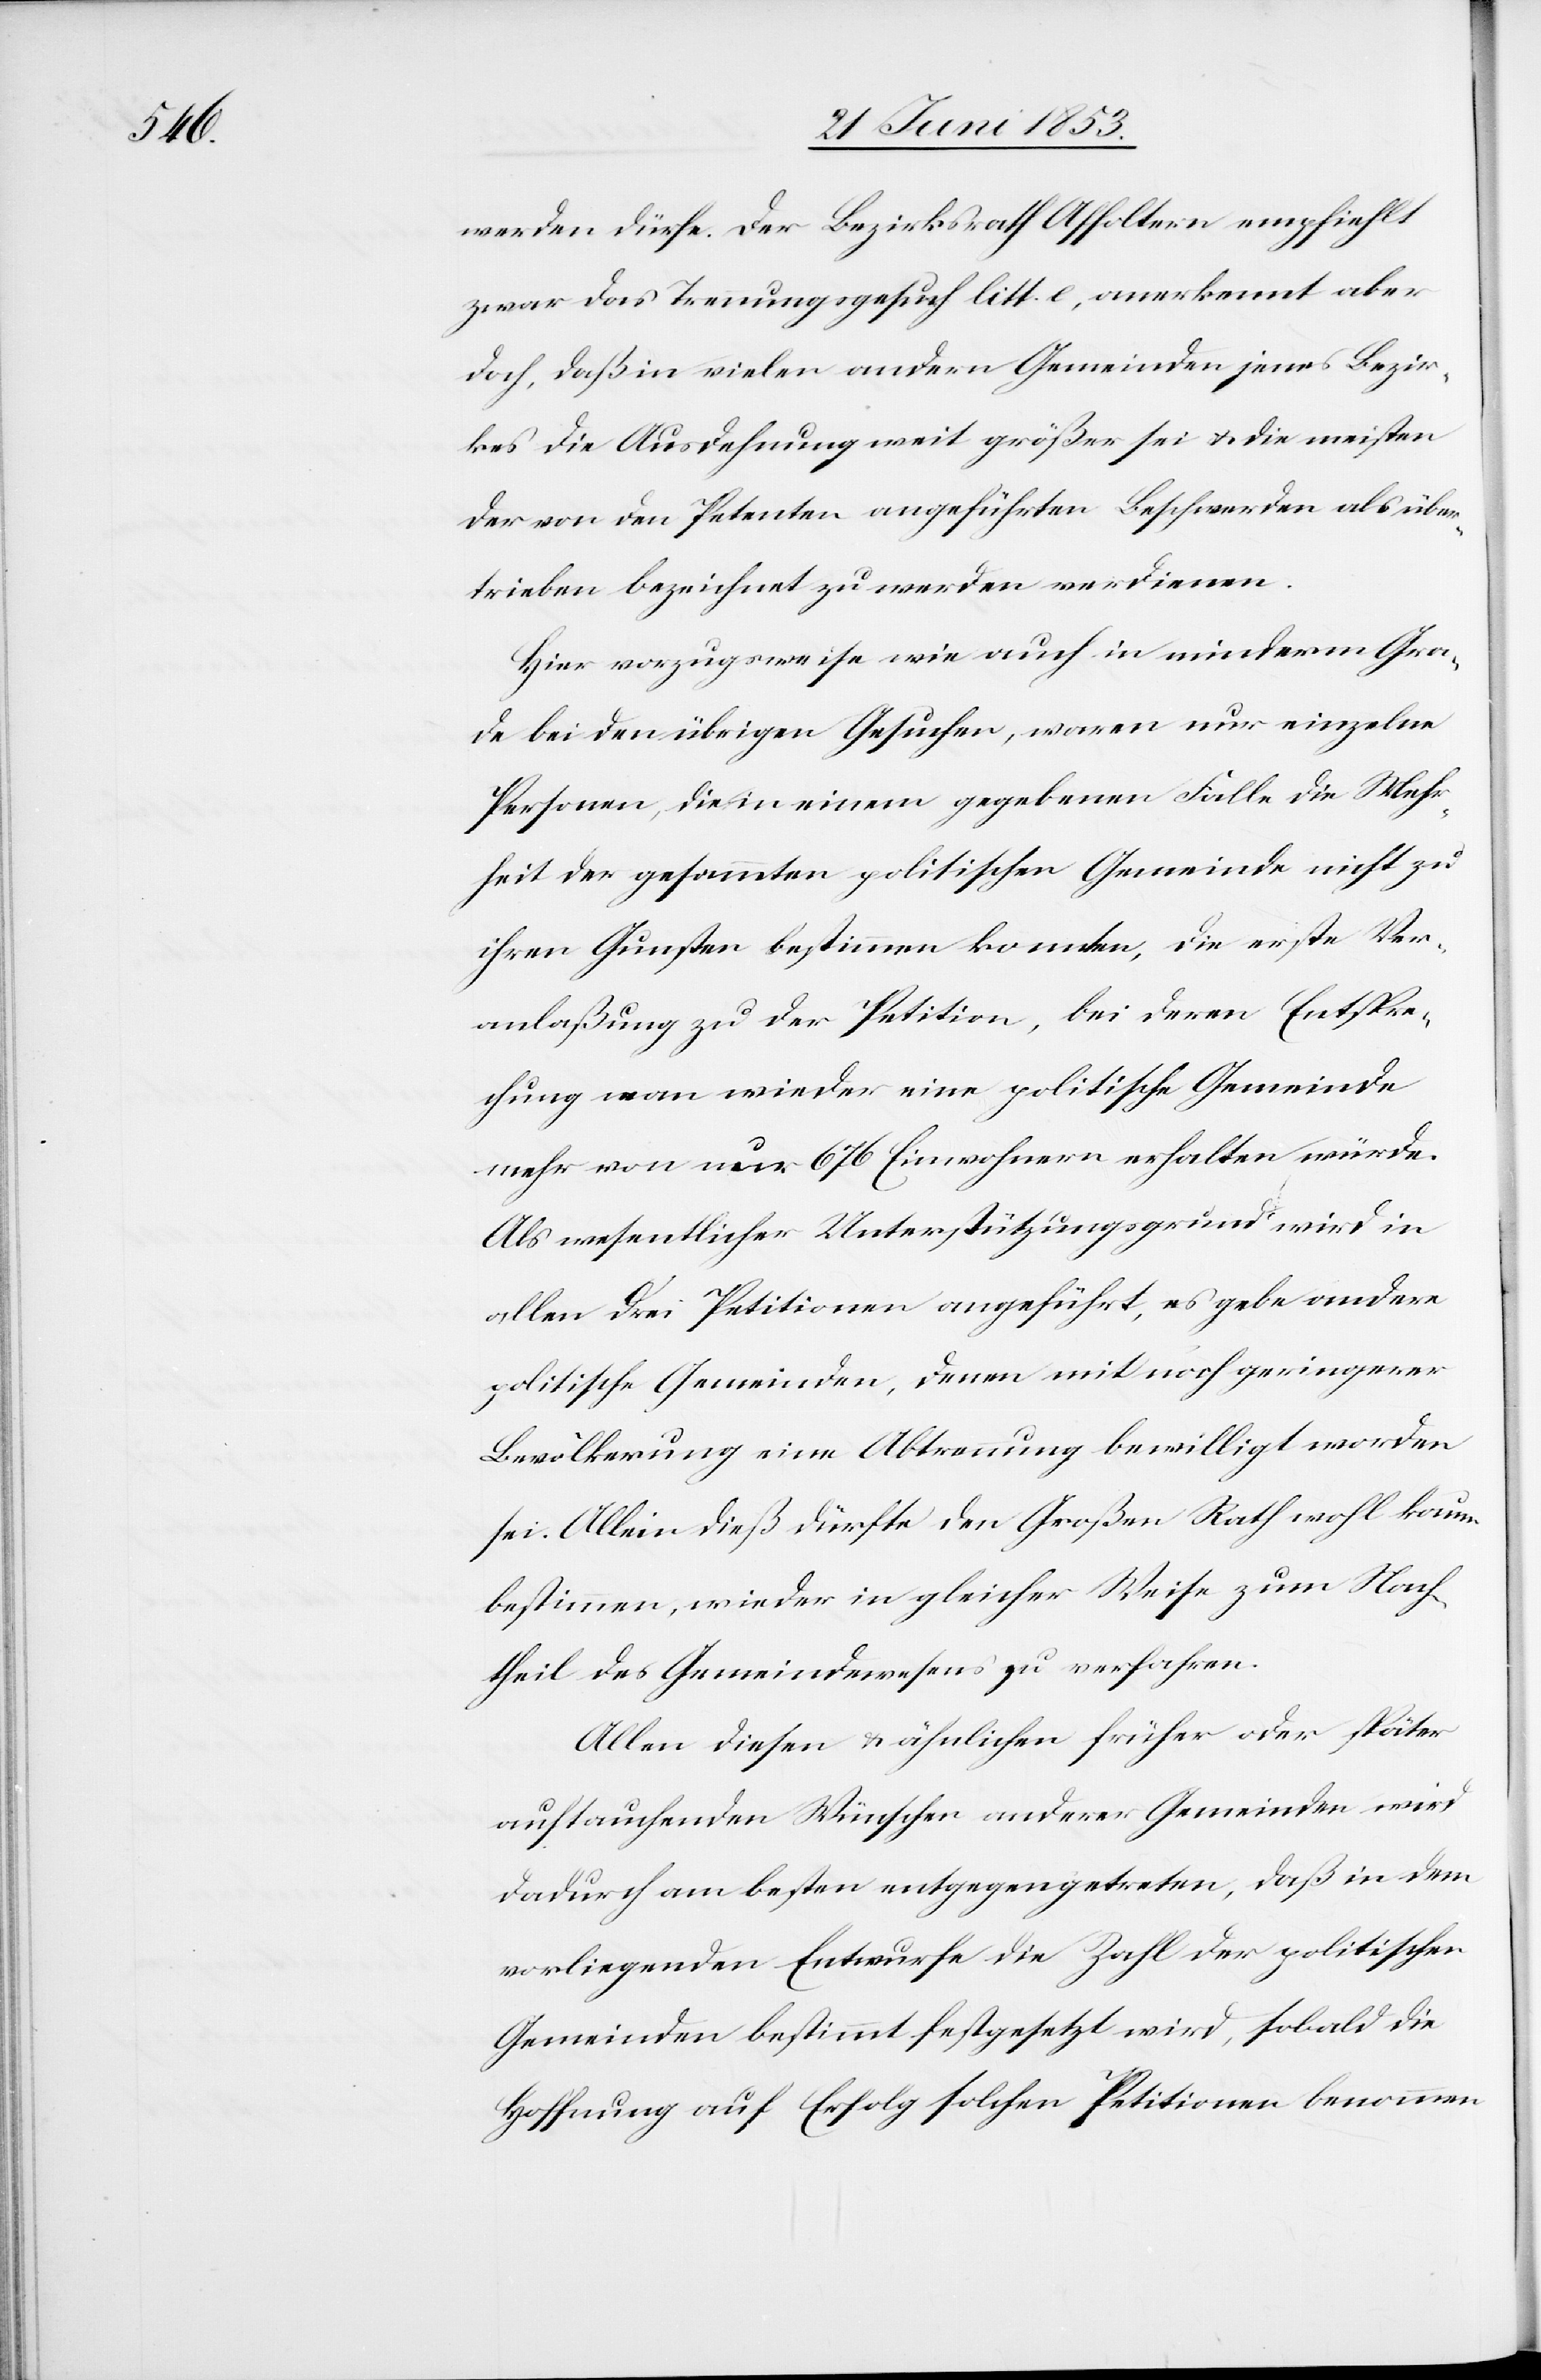
werden dürfe. Der Bezirksrath Affoltern empfiehlt
zwar das Trennungsgesuch litt. e, anerkennt aber
doch, daß in vielen andern Gemeinden jenes Bezir¬
kes die Ausdehnung weit größer sei u. die meisten
der von den Petenten angeführten Beschwerden als über¬
trieben bezeichnet zu werden verdient.
Hier vorzugsweise wie auch in minderm Gra¬
de bei den übrigen Gesuchen, waren nur einzelne
Personen, die in einem gegebenen Falle die Mehr¬
heit der gesammten politischen Gemeinde nicht zu
ihren Gunsten bestimmen konnten, die erste Ver¬
anlaßung zu der Petition, bei deren Entspre¬
chung man wieder eine politische Gemeinde
mehr von nur 676 Einwohnern erhalten würde.
Als wesentlicher Unterstützungsgrund wird in
allen drei Petitionen angeführt, es gebe andere
politische Gemeinden, denen mit noch geringerer
Bevölkerung eine Abtrennung bewilligt worden
sei. Allein dieß dürfte den Großen Rath wohl kaum
bestimmen, wieder in gleicher Weise zum Nach¬
theil des Gemeindwesens zu verfahren.
Allen diesen u. ähnlichen früher oder später
auftauchenden Wünschen anderer Gemeinden wird
dadurch am besten entgegengetreten, daß in dem
vorliegenden Entwurfe die Zahl der politischen
Gemeinden bestimmt festgesetzt wird, sobald die
Hoffnung auf Erfolg solchen Petitionen benommen